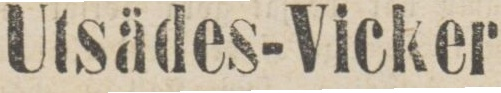
Utsädes-Vicker